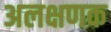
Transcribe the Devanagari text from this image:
अलक्षणक